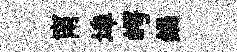
甯埠崿鍋